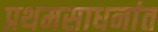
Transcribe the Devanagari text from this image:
प्रथमसाधनांत